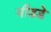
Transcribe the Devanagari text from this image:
मीडडे